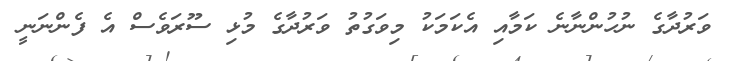
ވަރުދާގެ ނުހުންނާނެ ކަމާއި އެކަމަކު މިވަގުތު ވަރުދާގެ މުޅި ސޫރަވެސް އެ ފެންނަނީ